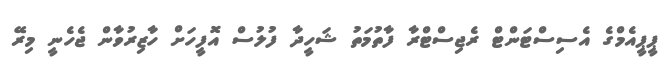
ޕީޕީއެމްގެ އެސިސްޓަންޓް ރެޖިސްޓްރާ ފާތުމަތު ޝަހީދާ ފުލުސް އޮފީހަށް ހާޒިރުވާން ޖެހެނީ މިރޭ